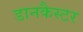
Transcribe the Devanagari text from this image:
डानकैस्टर